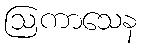
ဩကာသေန